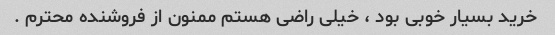
خرید بسیار خوبی بود ، خیلی راضی هستم ممنون از فروشنده محترم .